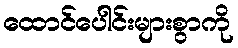
ထောင်ပေါင်းများစွာကို